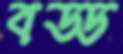
বড্ড